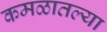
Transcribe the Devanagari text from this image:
कमळातल्या